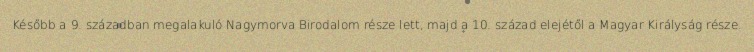
Később a 9. században megalakuló Nagymorva Birodalom része lett, majd a 10. század elejétől a Magyar Királyság része.